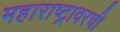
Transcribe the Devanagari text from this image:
महाराष्ट्रावरची